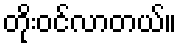
တိုးဝင်လာတယ်။